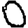
Digit: 0